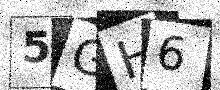
Text: 5GH6